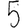
Digit: 5